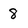
Character: 8